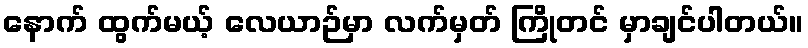
နောက် ထွက်မယ့် လေယာဉ်မှာ လက်မှတ် ကြိုတင် မှာချင်ပါတယ်။